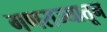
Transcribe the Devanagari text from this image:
गणराज्यातून